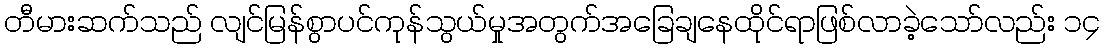
တီမားဆက်သည် လျင်မြန်စွာပင်ကုန်သွယ်မှုအတွက်အခြေချနေထိုင်ရာဖြစ်လာခဲ့သော်လည်း ၁၄